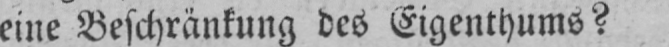
eine Beschränkung des Eigenthums?